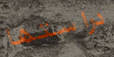
دراستها